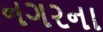
નગરના